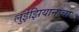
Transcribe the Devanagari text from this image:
लुईझियानाचा